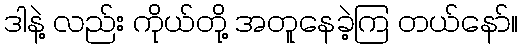
ဒါနဲ့ လည်း ကိုယ်တို့ အတူနေခဲ့ကြ တယ်နော်။